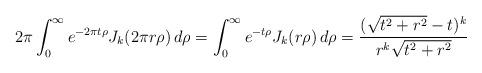
LaTeX: \begin{align*}2\pi \int_0^\infty e^{-2\pi t\rho} J_k(2\pi r\rho)\,d\rho= \int_0^\infty e^{-t\rho} J_k(r\rho)\,d\rho=\frac{(\sqrt{t^2+r^2}-t)^k}{r^k\sqrt{t^2+r^2}}\end{align*}